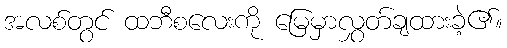
အလစ်တွင် ထဘီစလေးကို မြေမှာလွှတ်ချထားခဲ့၏။